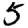
Digit: 5